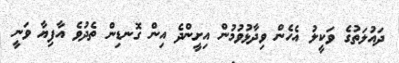
ދައުލަތުގެ ވަކީލު އެހެން ވިދާޅުވުމުން އިށީންދެ އިން ގޮނޑިން ތެދުވެ އާފިޔާ ވަނީ